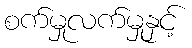
စက်မှုလက်မှုနှင့်